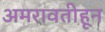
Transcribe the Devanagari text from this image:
अमरावतीहून